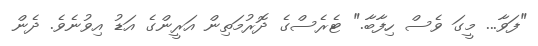
"ފަވާ... މީގަ ވެސް ހިފާބާ." ޓެރެސްގެ ދޮރުމަތިން އަރީންގެ އަޑު އިވުނެވެ. ދެން